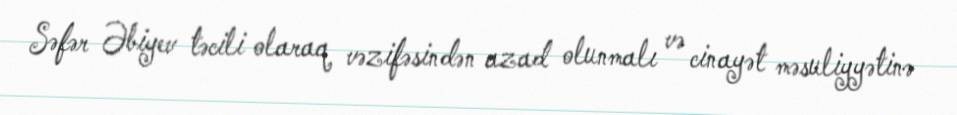
Səfər Əbiyev təcili olaraq vəzifəsindən azad olunmalı və cinayət məsuliyyətinə